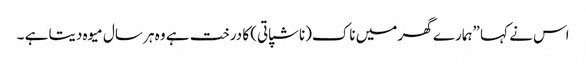
اس نے کہا ”ہمارے گھر میں ناک(ناشپاتی) کا درخت ہے وہ ہر سال میوہ دیتا ہے ۔